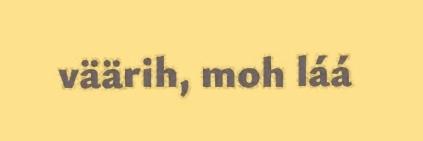
väärih, moh láá